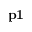
{ \bf p 1 }